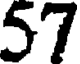
57